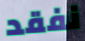
نفقد